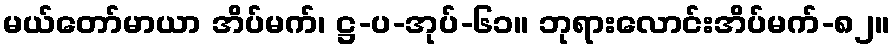
မယ်တော်မာယာ အိပ်မက်၊ ဋ္ဌ-ပ-အုပ်-၆၁။ ဘုရားလောင်းအိပ်မက်-၈၂။